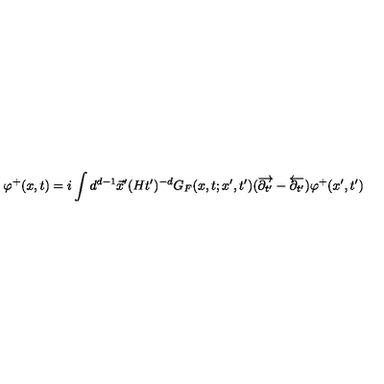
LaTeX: \varphi ^ { + } ( x , t ) = i \int d ^ { d - 1 } \vec { x } ^ { \prime } ( H t ^ { \prime } ) ^ { - d } G _ { F } ( x , t ; x ^ { \prime } , t ^ { \prime } ) ( \overrightarrow { \partial _ { t ^ { \prime } } } - \overleftarrow { \partial _ { t ^ { \prime } } } ) \varphi ^ { + } ( x ^ { \prime } , t ^ { \prime } )